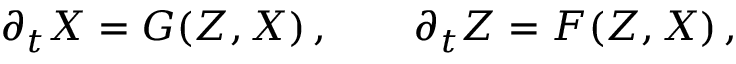
\partial _ { t } X = G ( Z , X ) \, , \qquad \partial _ { t } Z = F ( Z , X ) \, ,